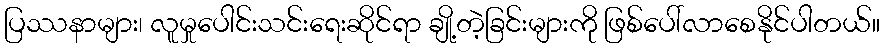
ပြဿနာများ၊ လူမှုပေါင်းသင်းရေးဆိုင်ရာ ချို့တဲ့ခြင်းများကို ဖြစ်ပေါ်လာစေနိုင်ပါတယ်။